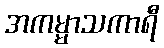
အကမ္မာသကာရီ